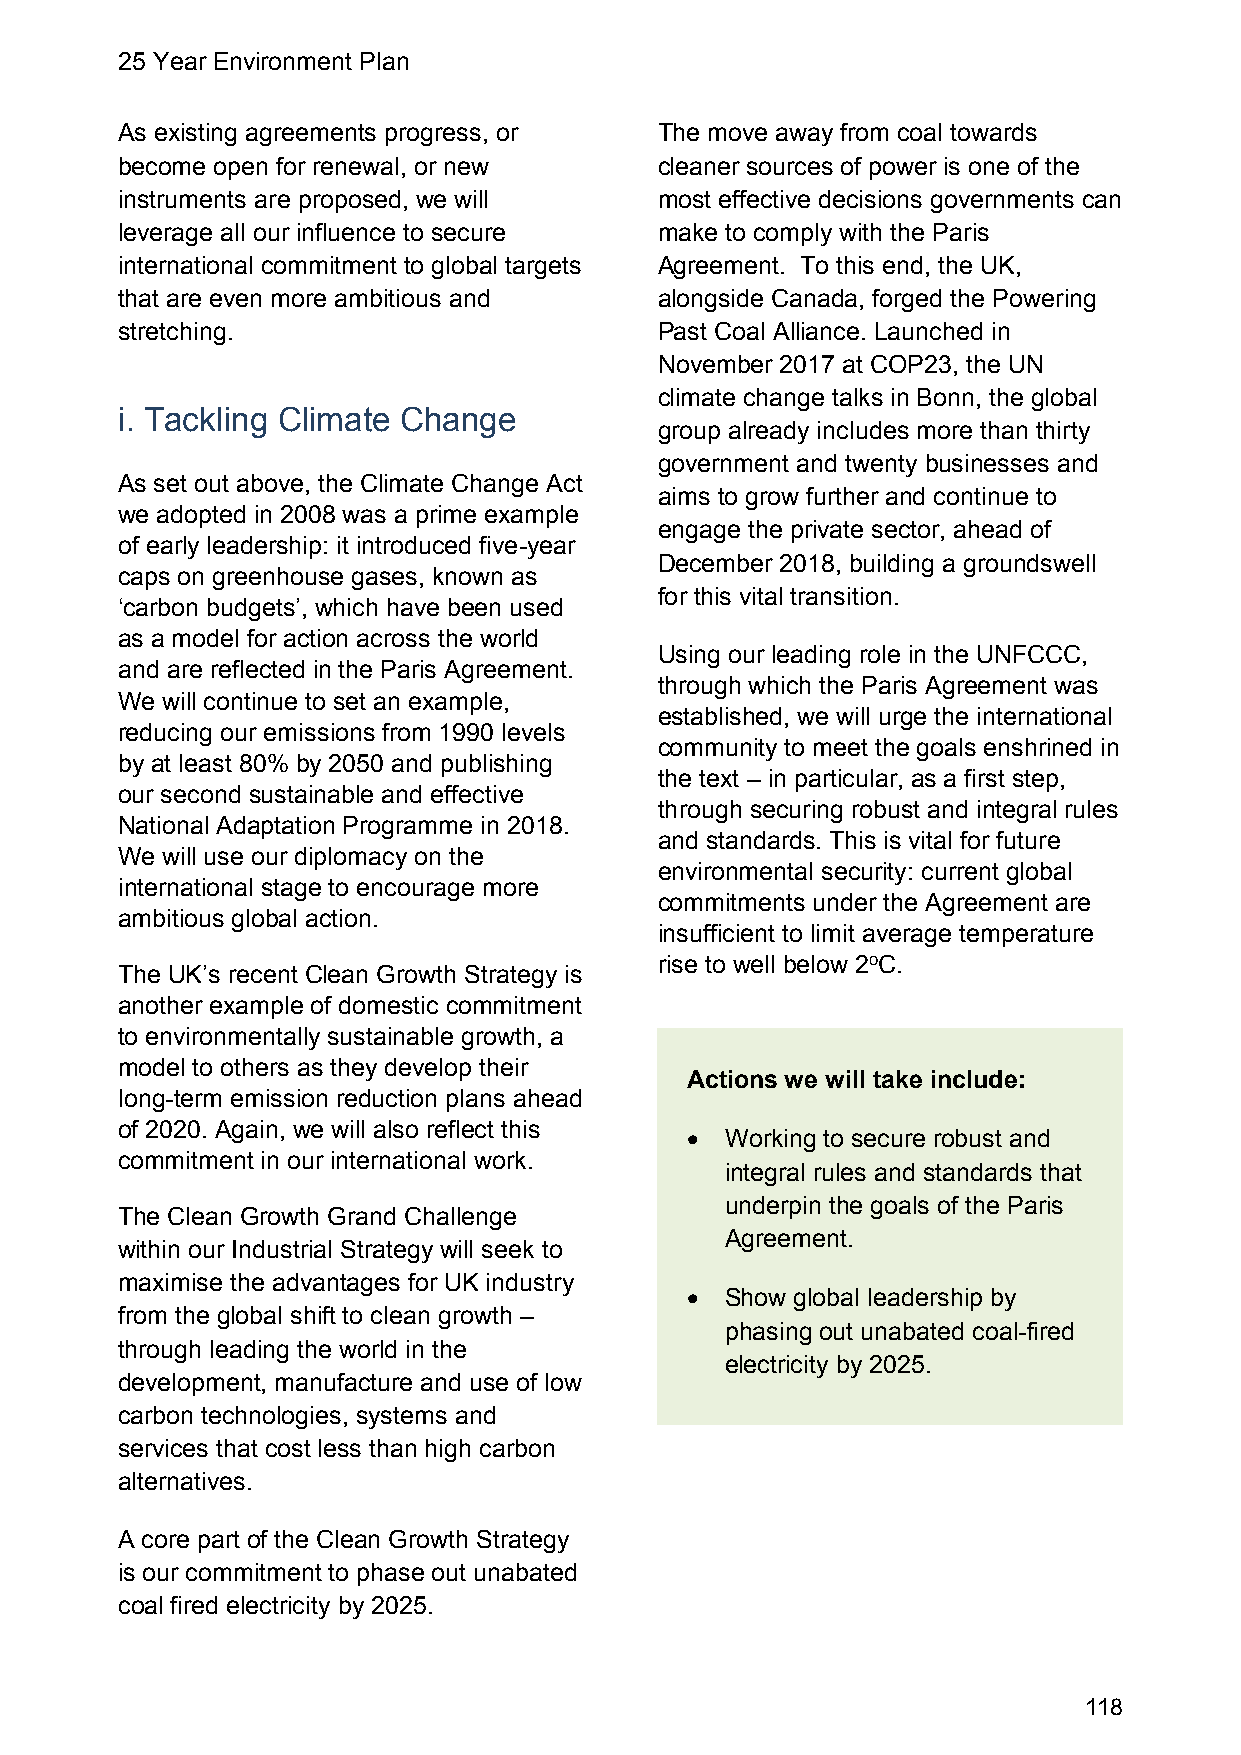
25 Year Environment Plan
 As existing agreements progress, or The move away from coal towards
 become open for renewal, or new     cleaner sources of power is one of the
 instruments are proposed, we will   most effective decisions governments can
 leverage all our influence to secure make to comply with the Paris
 international commitment to global targets Agreement. To this end, the UK,
 that are even more ambitious and    alongside Canada, forged the Powering
 stretching.                         Past Coal Alliance. Launched in
 November 2017 at COP23, the UN
 climate change talks in Bonn, the global
 i. Tackling Climate Change
 group already includes more than thirty
 government and twenty businesses and
 As set out above, the Climate Change Act
 aims to grow further and continue to
 we adopted in 2008 was a prime example
 engage the private sector, ahead of
 of early leadership: it introduced five-year
 December 2018, building a groundswell
 caps on greenhouse gases, known as
 for this vital transition.
 ‘carbon budgets’, which have been used
 as a model for action across the world
 Using our leading role in the UNFCCC,
 and are reflected in the Paris Agreement.
 through which the Paris Agreement was
 We will continue to set an example,
 established, we will urge the international
 reducing our emissions from 1990 levels
 community to meet the goals enshrined in
 by at least 80% by 2050 and publishing
 the text – in particular, as a first step,
 our second sustainable and effective
 through securing robust and integral rules
 National Adaptation Programme in 2018.
 and standards. This is vital for future
 We will use our diplomacy on the
 environmental security: current global
 international stage to encourage more
 commitments under the Agreement are
 ambitious global action.
 insufficient to limit average temperature
 rise to well below 2oC.
 The UK’s recent Clean Growth Strategy is
 another example of domestic commitment
 to environmentally sustainable growth, a
 model to others as they develop their
 Actions we will take include:
 long-term emission reduction plans ahead
 of 2020. Again, we will also reflect this
   Working to secure robust and
 commitment in our international work.
 integral rules and standards that
 underpin the goals of the Paris
 The Clean Growth Grand Challenge
 Agreement.
 within our Industrial Strategy will seek to
 maximise the advantages for UK industry
   Show global leadership by
 from the global shift to clean growth –
 phasing out unabated coal-fired
 through leading the world in the
 electricity by 2025.
 development, manufacture and use of low
 carbon technologies, systems and
 services that cost less than high carbon
 alternatives.
 A core part of the Clean Growth Strategy
 is our commitment to phase out unabated
 coal fired electricity by 2025.
 118